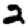
Digit: 2